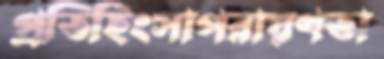
প্রতিহিংসাপরায়ণতা